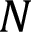
N